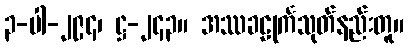
၃-ပါ-၂၉၄၊ ဋ္ဌ-၂၄၃။ အဿခဠုင်္ကသုတ်နည်းတူ။